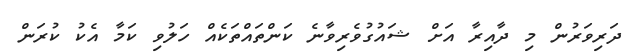
ދަރިވަރުން މި ދާއިރާ އަށް ޝައުގުވެރިވާނެ ކަންތައްތަކެއް ހަލުވި ކަމާ އެކު ކުރަން